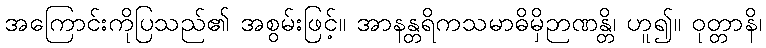
အကြောင်းကိုပြသည်၏ အစွမ်းဖြင့်။ အာနန္တရိကသမာဓိမှိဉာဏန္တိ၊ ဟူ၍။ ဝုတ္တာနိ၊